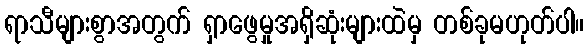
ရာသီများစွာအတွက် ရှာဖွေမှုအရှိဆုံးများထဲမှ တစ်ခုမဟုတ်ပါ။